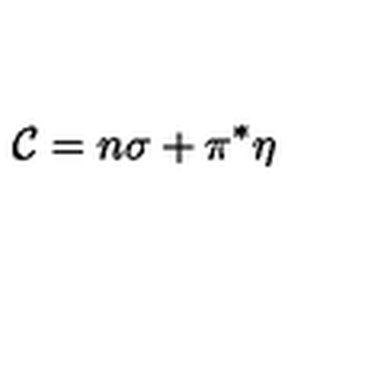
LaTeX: { \cal { C } } = n \sigma + \pi ^ { * } \eta